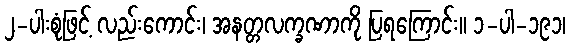
၂-ပါးစုံဖြင့် လည်းကောင်း၊ အနတ္တလက္ခဏာကို ပြရကြောင်း။ ၁-ပါ-၁၉၁၊